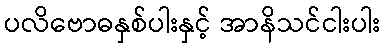
ပလိဗောဓနှစ်ပါးနှင့် အာနိသင်ငါးပါး